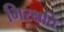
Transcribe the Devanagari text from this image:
भिरक्षति